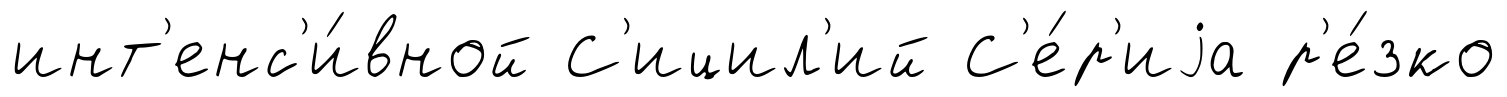
инт'енс'и́вной С'ицил'ий С'е́р'иjа р'е́зко